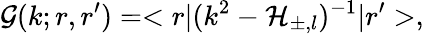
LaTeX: \mathcal{G}(k;r,r^{\prime})=<r|(k^{2}-\mathcal{H}_{\pm,l})^{-1}|r^{\prime}>,